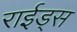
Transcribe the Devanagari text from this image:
राईड्स